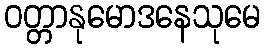
ဝတ္တာနုမောဒနေသုမေ